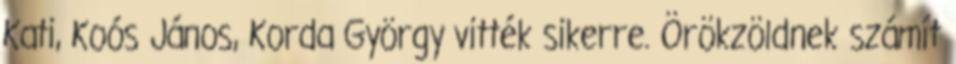
Kati, Koós János, Korda György vitték sikerre. Örökzöldnek számít